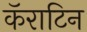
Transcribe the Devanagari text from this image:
कॅराटिन